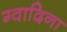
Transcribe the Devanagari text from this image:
ग्वादिना